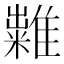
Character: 𥽀